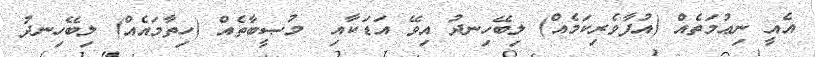
އެއީ ނިޢުމަތެއް (އުފާވެރިކަމެއް) ލިބޭހިނދު އިވޭ އަޑަކާއި  މުޞީބާތެއް (ހިތާމައެއް) ލިބޭހިނދު